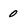
Character: 0